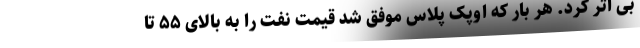
بی اثر کرد. هر بار که اوپک پلاس موفق شد قیمت نفت را به بالای ۵۵ تا